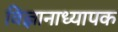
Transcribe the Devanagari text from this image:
विज्ञानाध्यापक